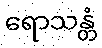
ရောသန္တံ